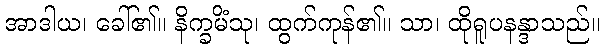
အာဒါယ၊ ခေါ်၏။ နိက္ခမိံသု၊ ထွက်ကုန်၏။ သာ၊ ထိုရူပနန္ဒာသည်။